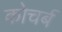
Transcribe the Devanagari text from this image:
कोचर्ब